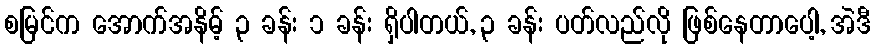
စမြင်က အောက်အနိမ့် ၃ ခန်း ၁ ခန်း ရှိပါတယ်, ၃ ခန်း ပတ်လည်လို ဖြစ်နေတာပေါ့, အဲဒီ